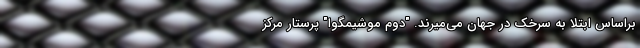
براساس ابتلا به سرخک در جهان می‌میرند. "دوم موشیمگوا" پرستار مرکز